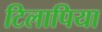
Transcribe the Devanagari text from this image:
टिलापिया